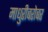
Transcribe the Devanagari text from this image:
माधुरीबरोबर